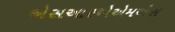
એસઆરએએમએસ